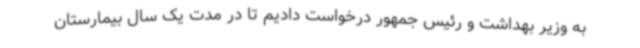
به وزیر بهداشت و رئیس جمهور درخواست دادیم تا در مدت یک سال بیمارستان